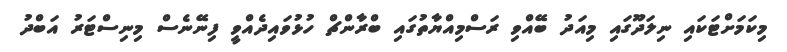
މިކަމަށްޓަކައި ނިލަދޫގައި މިއަދު ބޭއްވި ރަސްމިއްޔާތުގައި ބްރާންޗް ހުޅުވައިދެއްވީ ފިނޭނެސް މިނިސްޓަރު އަބްދު